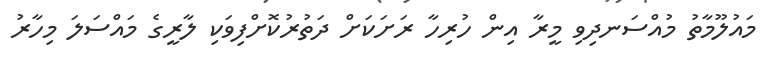
މައުލޫމާތު މުއްސަނދިވި މީރާ އިން ހުރިހާ ރަށަކަށް ދަތުރުކޮށްފިވަކި ލާރީގެ މައްސަލަ މިހާރު